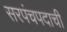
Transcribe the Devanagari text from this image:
सरपंचपदाची